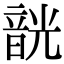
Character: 𩐣